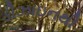
ડીઝાઇનથી